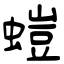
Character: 螘